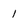
Character: 1